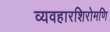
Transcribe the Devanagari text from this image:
व्यवहारशिरोमणि